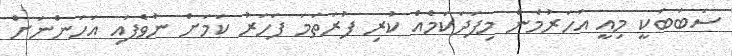
ސަބަބަކީ މިއީ އަހަރުމެން މިފަދަކަމެއް ކުރި ފުރަތަމަ ފަހަރު ކަމަށް ނުވެފައި އަހަންނަށް